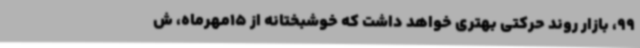
99، بازار روند حرکتی بهتری خواهد داشت که خوشبختانه از 15مهرماه، ش